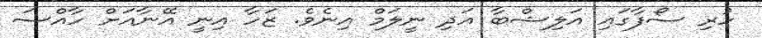
ހުރި ސޯފާގައި އަލިޝްބާ އަދި ނީލަމް އިނެވެ. ޒަހާ އިނީ އޭނާއަށް ހާއްސަ